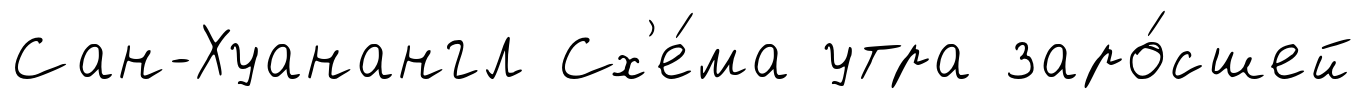
Сан-Хуанангл Сх'е́ма утра заро́сшей